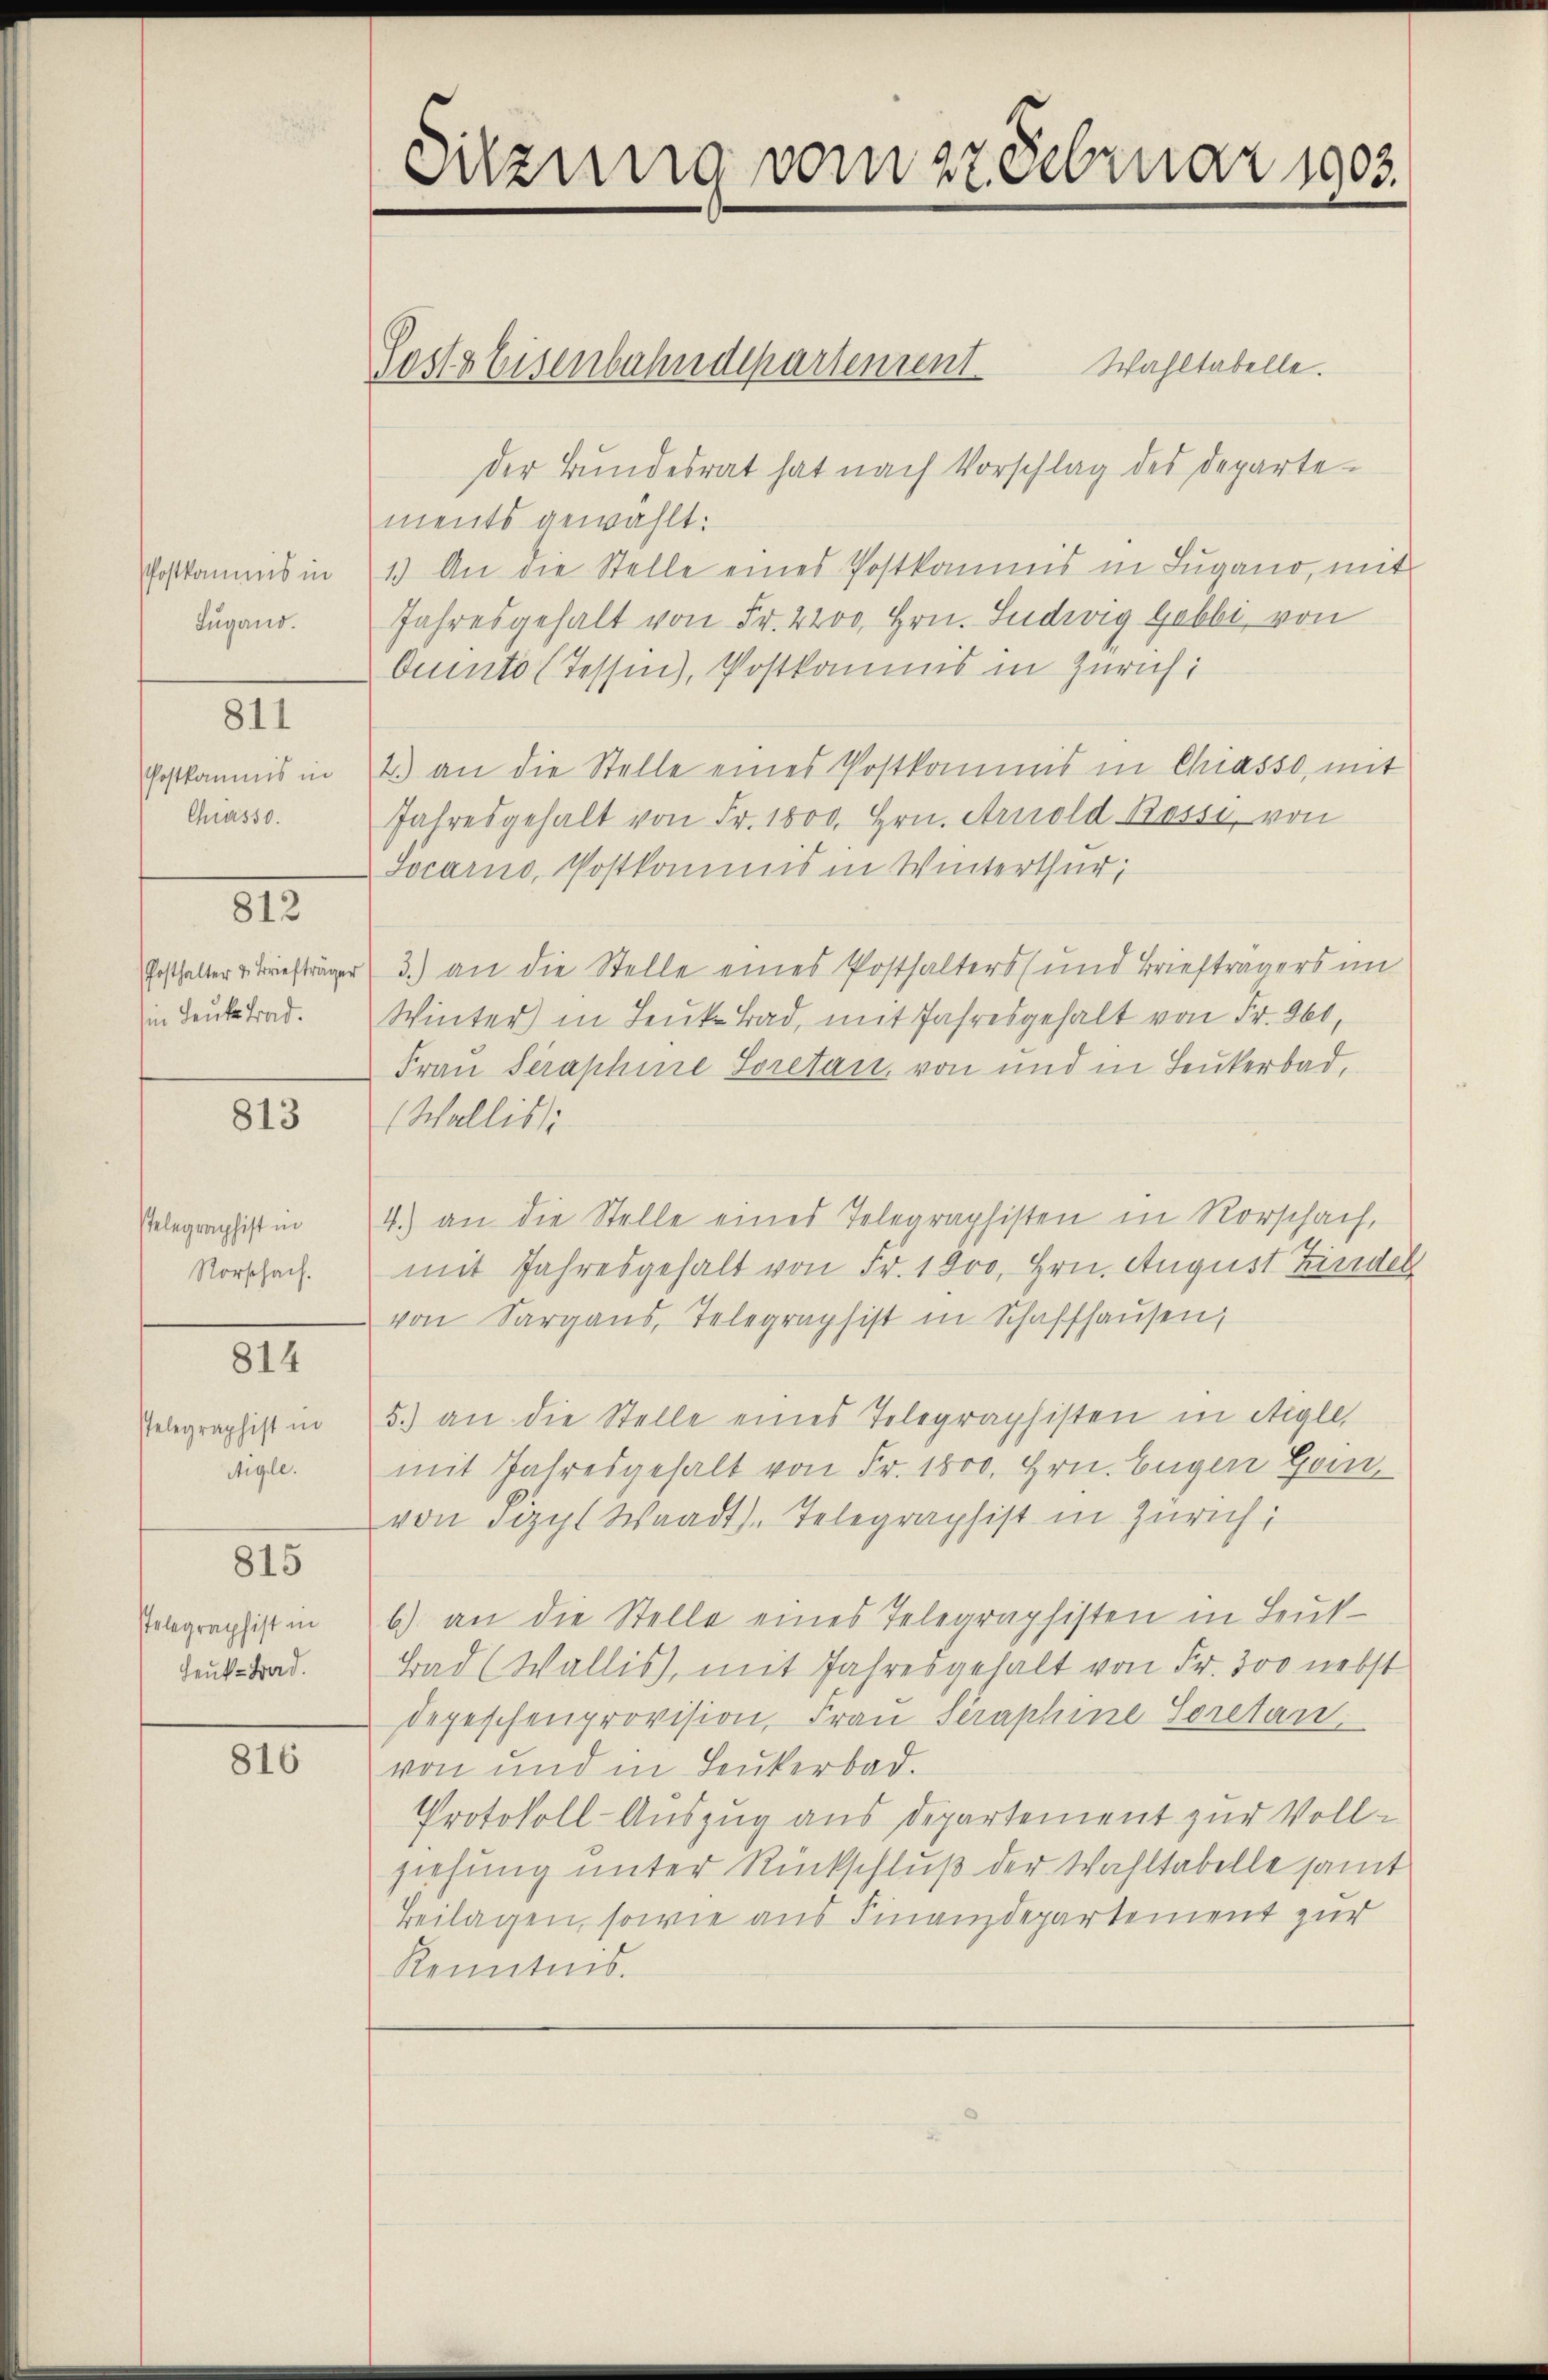
PPostkommis in
Lugand.

811

Postkommis in
Chasso.

812

Posthalter u. Briefträger
in Leute trad.

813

sTelegraphist in
Vorschach.

814
sTelegraphist in
Aigle.

815

Pelegraphist in
Heute Brad.

816

Posts Eisenbahndepartement. Wahltabelle.

Sitzung vom 27 Februar 1903.

der Bundesrat hat nach Vorschlag des Departements gewählt:
1.) An die Stelle eines Postkamms in Lugano, mit
Jahresgehalt von Fr. 2200, Hrn. Ludwig Gebbe, von
Ounto (Tessin, Postkommis in Zürich:
1) an die Stelle eines Postkommis in Chiasso, mit
Jahresgehalt von Fr. 1800. Hrn. Arnold Bassi, von
Socarno, Postkommis in Winterthur;
3.) an die Stelle eines Posthalters (und Briefträgers im
Winter in Leŭt. Bad, mit Jahresgehalt von Fr. 960,
Frau Seraphine Soretan, von und in Leukerbad,
(Wallisti
4.) an die Stelle eines Telegraphisten in Rorschach,
mit Jahresgehalt von Fr. 1900, Hrn. August Fridel
von Sargaus, Telegraphist in Schaffhausen,
5) an die Stelle eines Telegraphisten in eigle,
mit Jahresgehalt von Fr. 1800. Hrn. Eugen Gein
von Sizyl Waadt, Telegraphist in Zürich;
b) an die Stelle eines Telegraphisten in Leut-
Bad (Wallis, mit Jahresgehalt von Fr. 300 nebst
Depeschenprovision, Frau Straphine Soretan,
von und in Leukerbad.
Protokoll-Auszug aus Departement zur Vollziehung unter Rückschluß der Wahltabelle samt
Beilagen, sowie aus Finanzdepartement zur
Kenntnis.